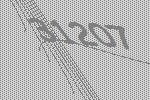
31207